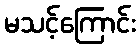
မသင့်ကြောင်း